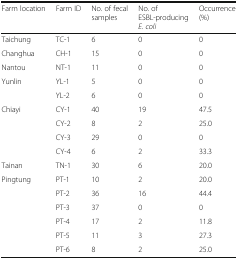
<table><thead><tr><td><b>Farm location</b></td><td><b>Farm ID</b></td><td><b>No. of fecal samples</b></td><td><b>No. of ESBL-producing <i>E. coli</i></b></td><td><b>Occurrence (%)</b></td></tr></thead><tbody><tr><td>Taichung</td><td>TC-1</td><td>6</td><td>0</td><td>0</td></tr><tr><td>Changhua</td><td>CH-1</td><td>15</td><td>0</td><td>0</td></tr><tr><td>Nantou</td><td>NT-1</td><td>11</td><td>0</td><td>0</td></tr><tr><td rowspan="2">Yunlin</td><td>YL-1</td><td>5</td><td>0</td><td>0</td></tr><tr><td>YL-2</td><td>6</td><td>0</td><td>0</td></tr><tr><td rowspan="4">Chiayi</td><td>CY-1</td><td>40</td><td>19</td><td>47.5</td></tr><tr><td>CY-2</td><td>8</td><td>2</td><td>25.0</td></tr><tr><td>CY-3</td><td>29</td><td>0</td><td>0</td></tr><tr><td>CY-4</td><td>6</td><td>2</td><td>33.3</td></tr><tr><td>Tainan</td><td>TN-1</td><td>30</td><td>6</td><td>20.0</td></tr><tr><td rowspan="6">Pingtung</td><td>PT-1</td><td>10</td><td>2</td><td>20.0</td></tr><tr><td>PT-2</td><td>36</td><td>16</td><td>44.4</td></tr><tr><td>PT-3</td><td>37</td><td>0</td><td>0</td></tr><tr><td>PT-4</td><td>17</td><td>2</td><td>11.8</td></tr><tr><td>PT-5</td><td>11</td><td>3</td><td>27.3</td></tr><tr><td>PT-6</td><td>8</td><td>2</td><td>25.0</td></tr></tbody></table>